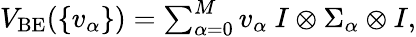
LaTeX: \begin{array}{r}{V_{\mathrm{BE}}(\{ v_{\alpha}\} )=\sum_{\alpha=0}^{M}v_{\alpha}~I\otimes\Sigma_{\alpha}\otimes I,}\end{array}